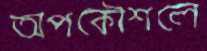
অপকৌশলে